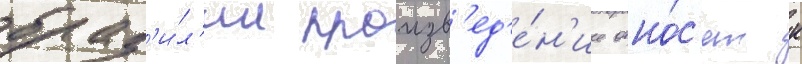
браз'и́л'ии произв'ед'е́н'ие отно́с'ят к